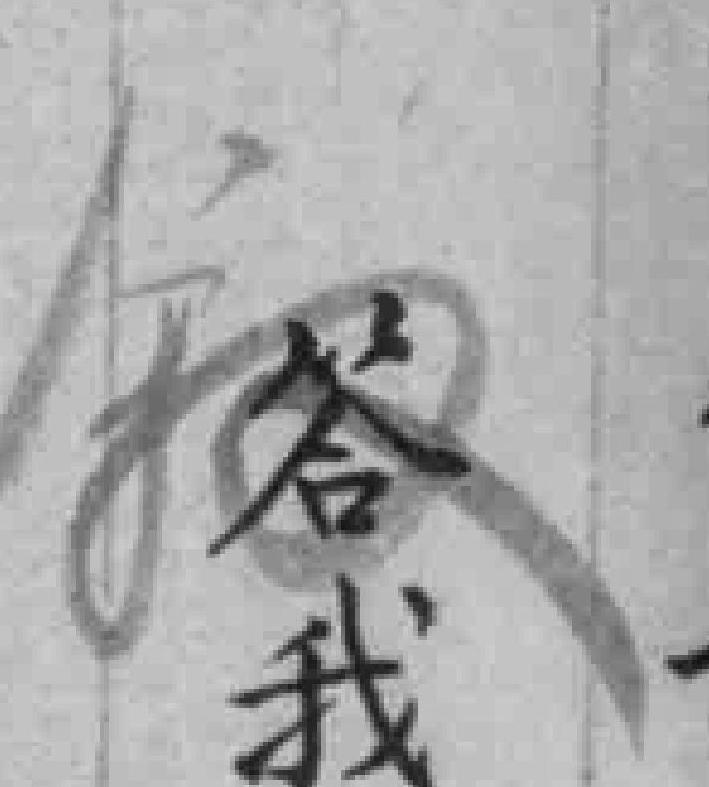
叙